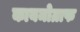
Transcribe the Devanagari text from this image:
कायमोग्राफ